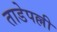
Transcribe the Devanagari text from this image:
ताडेपल्ली